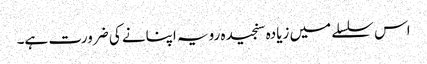
اس سلسلے میں زیادہ سنجیدہ رویہ اپنانے کی ضرورت ہے۔